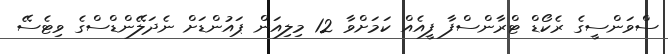
ސްވަންސީގެ ރެކޯޑް ޓްރާންސްފާ ފީއެއް ކަމަށްވާ 12 މިލިއަން ޕައުންޑަށް ނެދަލޭންޑްސްގެ ވިޓެސޭ